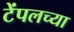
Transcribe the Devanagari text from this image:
टेंपलच्या